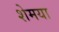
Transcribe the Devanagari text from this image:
शेमया